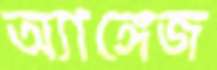
অ্যাঙ্গেজ